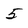
Character: 5